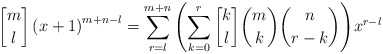
\begin{align*} \begin{aligned} {m \brack l} \left( x+1 \right)^{m+n-l} & = \sum_{r=l}^{m+n}{{ \left( \sum_{k=0}^{r}{{k \brack l}{m \choose k}{n \choose r-k}} \right) }x^{r-l}} \end{aligned} \end{align*}